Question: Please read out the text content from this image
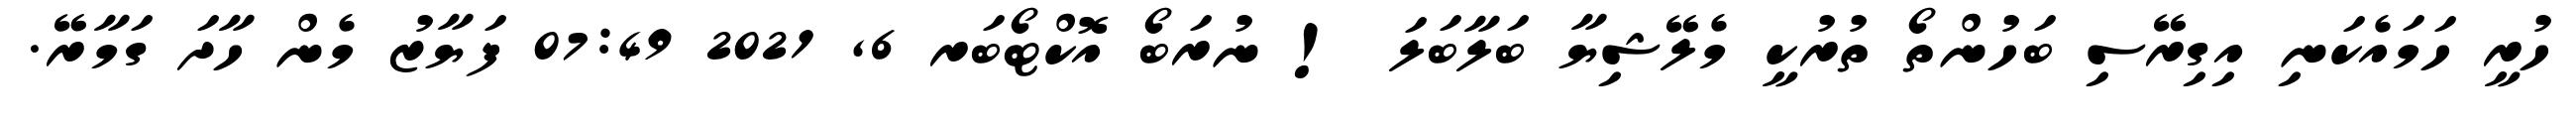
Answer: ހުރީ ހަމައެކަނި އިގިރޭސި ބަހުންތޯ ތުރުކީ މެލޭޝިޔާ ބަލާބަލަ ! ނުރަބޯ އޮކްޓޯބަރ 6, 2021 07:49 ފަޔާޒު މެން ހާދަ ގަމާރޭ.